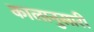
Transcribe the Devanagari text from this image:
कालानुसारी